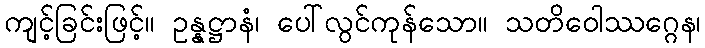
ကျင့်ခြင်းဖြင့်။ ဥန္နဋ္ဌာနံ၊ ပေါ်လွင်ကုန်သော။ သတိဝေါဿဂ္ဂေန၊